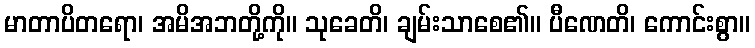
မာတာပိတရော၊ အမိအဘတို့ကို။ သုခေတိ၊ ချမ်းသာစေ၏။ ပီဏေတိ၊ ကောင်းစွာ။